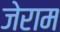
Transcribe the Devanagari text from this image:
जेराम